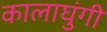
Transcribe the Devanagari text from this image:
कालाघुंगी